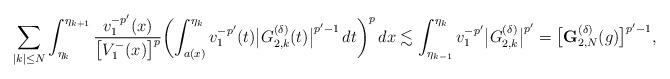
LaTeX: \begin{align*}\sum_{|k|\le N}\int_{\eta_{k}}^{\eta_{k+1}} \frac{v_1^{-p'}(x)}{\bigl[V_1^-(x)\bigr]^{p}} \biggl(\int_{a(x)}^{\eta_{k}}v_1^{-p'}(t)\bigl|G^{(\delta)}_{2,k}(t)\bigr|^{p'-1}\,dt\biggr)^p\,dx\lesssim\int_{\eta_{k-1}}^{\eta_k}v_1^{-p'}\bigl|G_{2,k}^{(\delta)}\bigr|^{p'}=\bigl[\mathbf{G}^{(\delta)}_{2,N}(g)\bigr]^{p'-1},\end{align*}